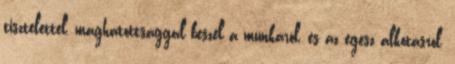
tisztelettel, maghatottsággal beszél a munkáról, és az egész alkotásról,